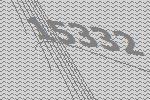
15332